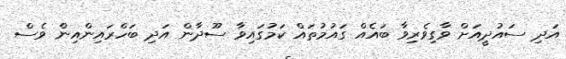
އަދި ސައުދީއަށް ވާގިވެރިވާ ބައެއް ގައުމުތައް ކަމުގައިވާ ސޫދާން އަދި ބަހްރައިންއިން ވެސް